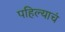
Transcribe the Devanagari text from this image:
पहिल्याचं